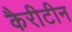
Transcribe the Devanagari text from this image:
कैरीटीन